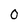
Character: 0